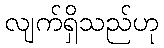
လျက်ရှိသည်ဟု